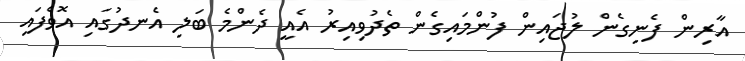
އާރިން ފެނިގެން ލުޖައިން ފުންމައިގެން ތެދުވިއިރު އެއީ ދެންމެ ބަލި އެނދުގައި އޮވެފައި